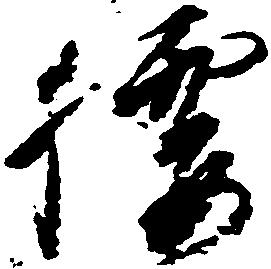
腰